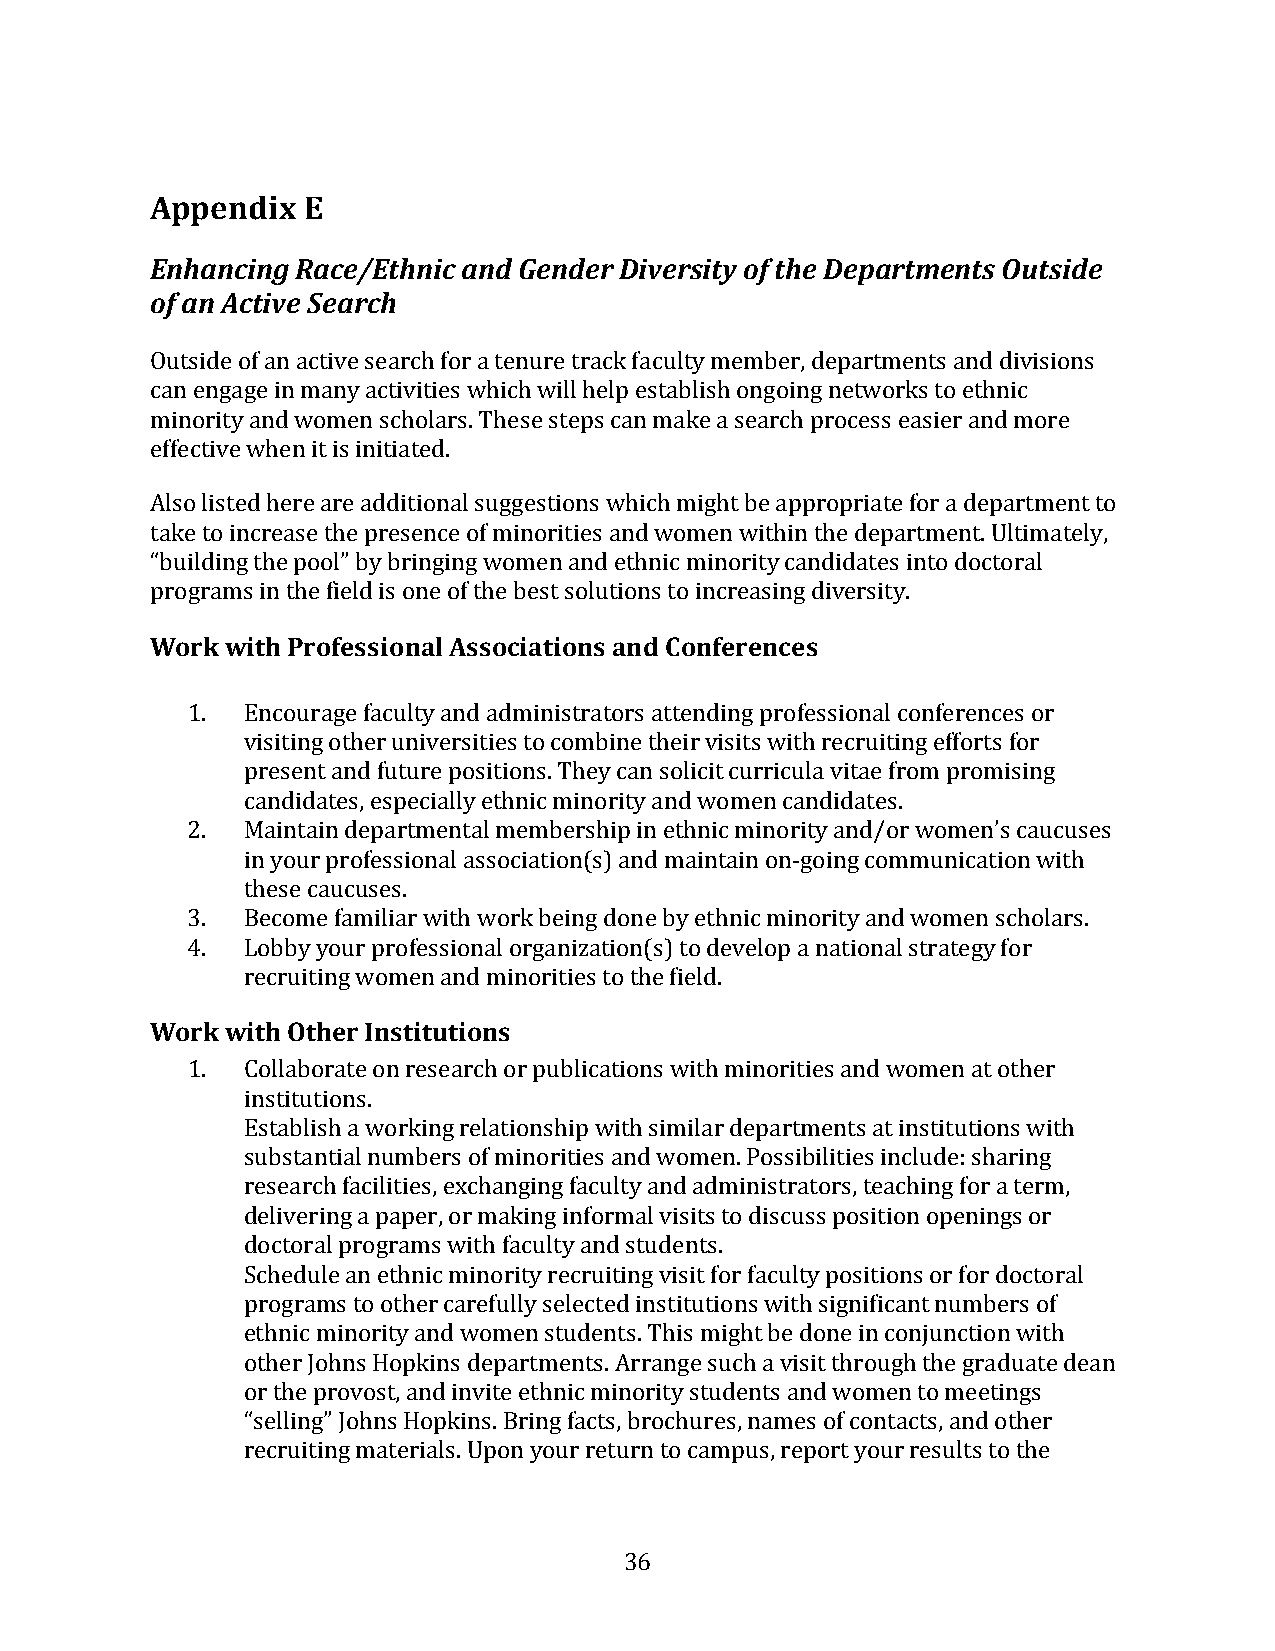
Appendix  E
 Enhancing Race/Ethnic and Gender Diversity of the Departments Outside
 of an Active Search
 Outside of an active search for a tenure track faculty member, departments and divisions
 can engage in many activities which will help establish ongoing networks to ethnic
 minority and women scholars. These steps can make a search process easier and more
 effective when it is initiated.
 Also listed here are additional suggestions which might be appropriate for a department to
 take to increase the presence of minorities and women within the department. Ultimately,
 “building the pool” by bringing women and ethnic minority candidates into doctoral
 pWroogrrka mwsi tihn tPhreo ffieelsds iiso onnael oAfs tshoec bieastti osonlsu taionnds Ctoo innfcerreeasnicneg sd iversity.
 1.  Encourage faculty and administrators attending professional conferences or
 visiting other universities to combine their visits with recruiting efforts for
 present and future positions. They can solicit curricula vitae from promising
 candidates, especially ethnic minority and women candidates.
 2.  Maintain departmental membership in ethnic minority and/or women’s caucuses
 in your professional association(s) and maintain on-going communication with
 these caucuses.
 3.  Become familiar with work being done by ethnic minority and women scholars.
 4.  Lobby your professional organization(s) to develop a national strategy for
 Work wriethcr uOitthinegr w Ionmsteintu atniod nmsi norities to the field.
 1.  Collaborate on research or publications with minorities and women at other
 institutions.
 Establish a working relationship with similar departments at institutions with
 substantial numbers of minorities and women. Possibilities include: sharing
 research facilities, exchanging faculty and administrators, teaching for a term,
 delivering a paper, or making informal visits to discuss position openings or
 doctoral programs with faculty and students.
 Schedule an ethnic minority recruiting visit for faculty positions or for doctoral
 programs to other carefully selected institutions with significant numbers of
 ethnic minority and women students. This might be done in conjunction with
 other Johns Hopkins departments. Arrange such a visit through the graduate dean
 or the provost, and invite ethnic minority students and women to meetings
 “selling” Johns Hopkins. Bring facts, brochures, names of contacts, and other
 recruiting materials. Upon your return to campus, report your results to the
 36